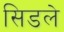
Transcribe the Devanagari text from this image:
सिडले